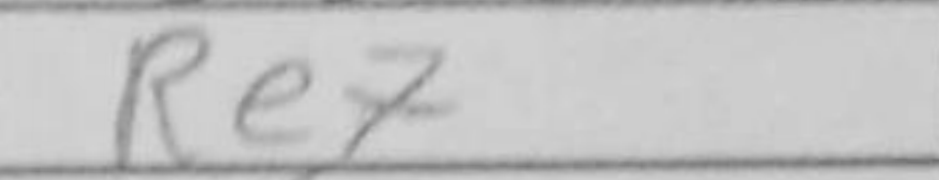
Transcription: Re7